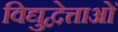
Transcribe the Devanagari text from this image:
विद्युद्वेत्ताओं